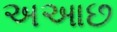
અઆછ